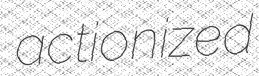
actionized